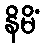
နိမိံ